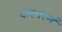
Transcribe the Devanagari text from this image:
करचरणं